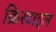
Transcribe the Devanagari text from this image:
क्रिस्टाइल